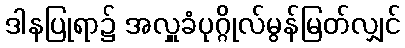
ဒါနပြုရာ၌ အလှူခံပုဂ္ဂိုလ်မွန်မြတ်လျှင်